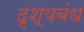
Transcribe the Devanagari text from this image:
दृश्यबंध